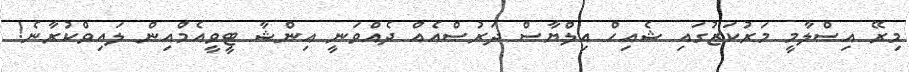
މިރޭ އިސްލާމީ މަރުކަޒުގައި ޝެއިހް އިލްޔާސް ދަރުސްއެއް ދެއްވަނީ އިންޝާ ޓީވީއެމްއިން ލައިވްކުރާނެ!